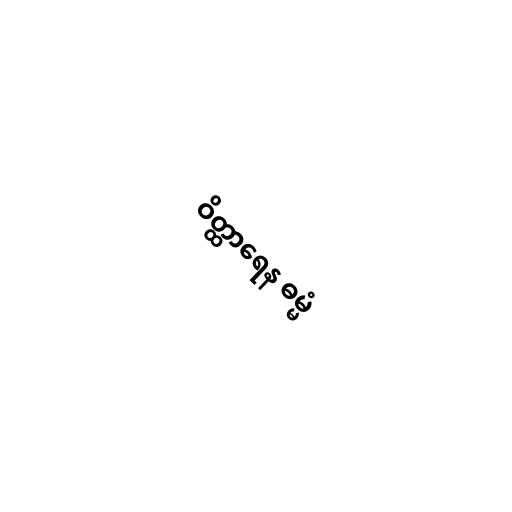
ဝိတ္ထာရေန ဓမ္မံ